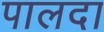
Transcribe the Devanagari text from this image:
पालदा